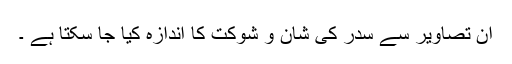
ان تصاویر سے سدر کی شان و شوکت کا اندازہ کیا جا سکتا ہے ۔